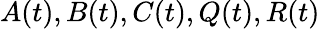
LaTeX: {\mathbf{}}A(t),B(t),C(t),Q(t),R(t)